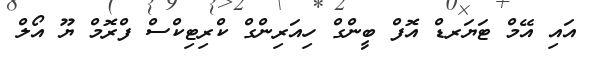
އައި އޭމް ޓަޔަރޑް އޮފް ބީންގް ހިއަރިންގް ކްރިޓިކްސް ފްރޮމް ޔޫ އޯލް